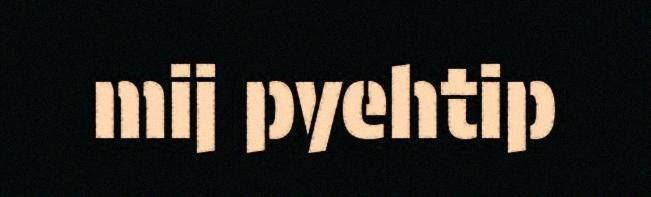
mij pyehtip